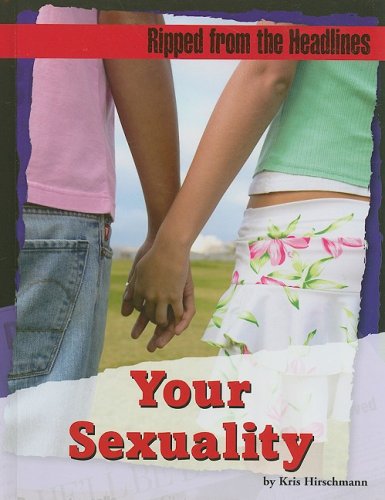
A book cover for Your Sexuality (Ripped from the Headlines); Kris Hirschmann; Teen & Young Adult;